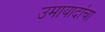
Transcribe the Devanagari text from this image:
उमायादांचा